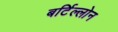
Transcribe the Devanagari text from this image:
बर्टिल्लोन